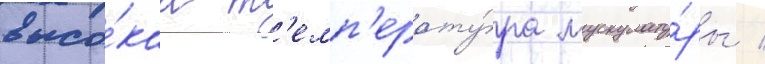
высо́каа т'емп'ерату́ра мускулату́ры /